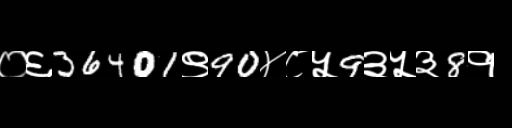
Text: ०६36401९90४८५9३५३8१